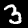
Label: 3